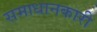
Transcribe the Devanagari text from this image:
समाधानकारी